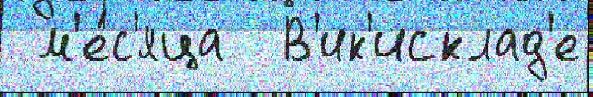
 м'е́с'яца  В'ик'исклад'е